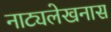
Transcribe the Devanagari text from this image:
नाट्यलेखनास